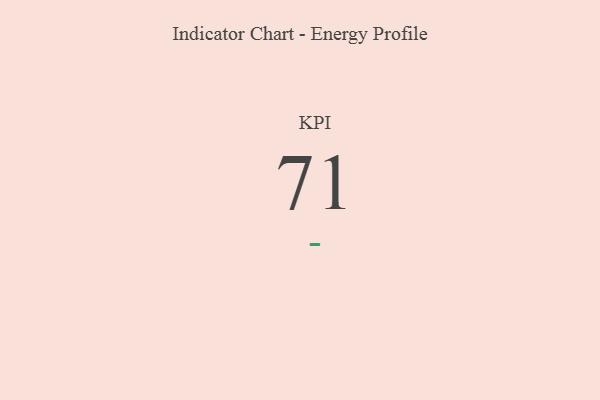
{"axis": {"x": "KPI", "y": "Value"}, "legend": [""], "data": [{"x": "KPI", "y": 71, "type": ""}]}